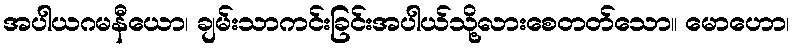
အပါယဂမနီယော၊ ချမ်းသာကင်းခြင်းအပါယ်သို့လားစေတတ်သော။ မောဟော၊